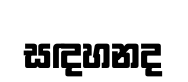
සඳහනද